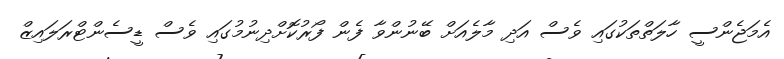
އެމަޖެންސީ ހާލަތްތަކުގައި ވެސް އަދި މާލެއަށް ބޭނުންވާ ފެން ފޯރުކޮށްދިނުމުގައި ވެސް ޑީސެންޓްރަލައިޒް